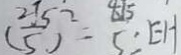
( \frac { 2 \sqrt { 5 } } { 5 } ) ^ { 2 } = 5 \frac { 4 \sqrt { 5 } } { 5 } = E H